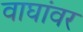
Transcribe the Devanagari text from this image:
वाघांवर